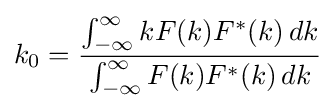
k_{0}={\frac {\int _{-\infty }^{\infty }kF(k)F^{*}(k)\,dk}{\int _{-\infty }^{\infty }F(k)F^{*}(k)\,dk}}